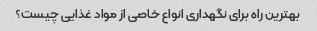
بهترین راه برای نگهداری انواع خاصی از مواد غذایی چیست؟